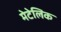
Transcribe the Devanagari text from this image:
मेटेलिक